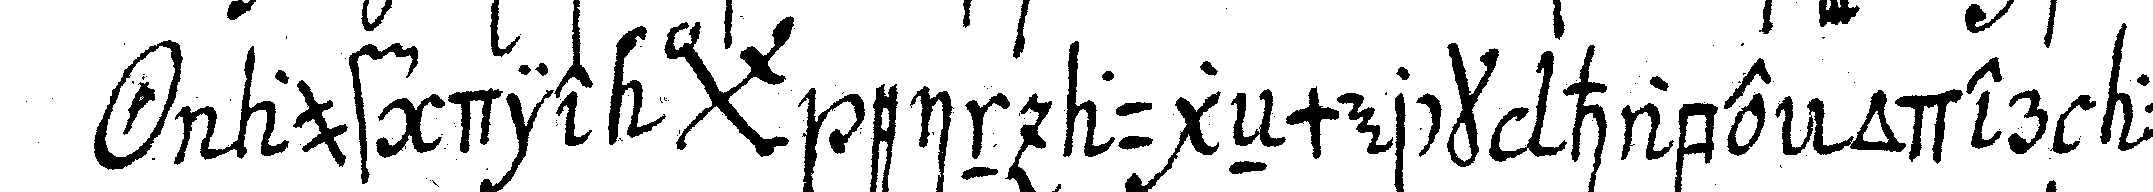
*o* auf die *bigx* ein augeNmerck habe oder auch